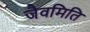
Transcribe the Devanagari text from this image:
जैवमिति